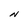
Character: N